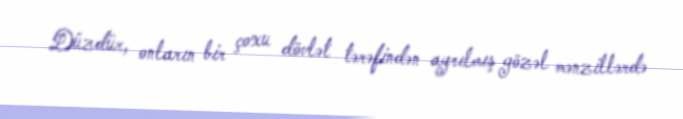
Düzdür, onların bir çoxu dövlət tərəfindən ayrılmış gözəl mənzillərdə